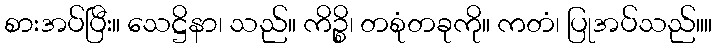
စားအပ်ပြီး။ သေဋ္ဌိနာ၊ သည်။ ကိဉ္စိ၊ တစုံတခုကို။ ကတံ၊ ပြုအပ်သည်။။